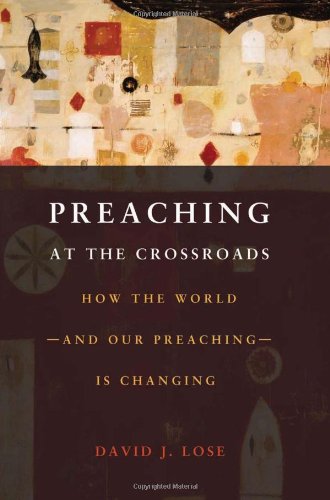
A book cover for Preaching at the Crossroads: How the World-and Our Preaching-Is Changing; David J. Lose; Christian Books & Bibles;